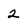
Character: 2